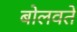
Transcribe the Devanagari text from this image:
बोलवते